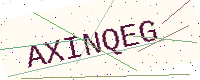
Text: AXINQEG